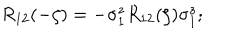
LaTeX: R _ { 1 2 } ( - \zeta ) = - \sigma _ { 1 } ^ { z } R _ { 1 2 } ( \zeta ) \sigma _ { 1 } ^ { z } ;